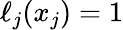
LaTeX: \ell_{j}(x_{j})=1